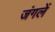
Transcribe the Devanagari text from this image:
जंगलें